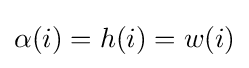
\alpha (i)=h(i)=w(i)